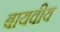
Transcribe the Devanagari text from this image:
बायवीय